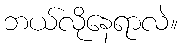
ဘယ်လိုနေရာလဲ။